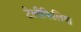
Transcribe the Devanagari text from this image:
टेलीफिलिया